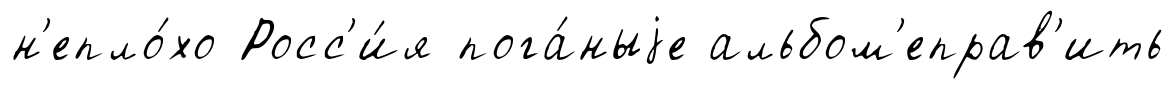
н'епло́хо Росс'и́я пога́ныjе альбом'еправ'ить